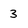
Character: 3